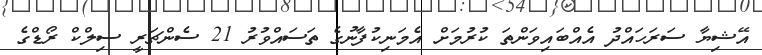
އޭޝިޔާ ސަރަހައްދު އެއްބައިވަންތަ ކުރުމަށް އެމަނިކުފާނުގެ ތަސައްވުރު 21 ސެންޗަރީ ސިލްކް ރޯޑްގެ